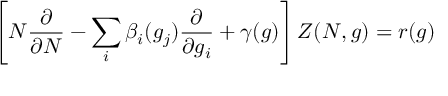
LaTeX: \left[ N { \frac { \partial } { \partial N } } - \sum _ { i } \beta _ { i } ( g _ { j } ) { \frac { \partial } { \partial g _ { i } } } + \gamma ( g ) \right] Z ( N , g ) = r ( g )